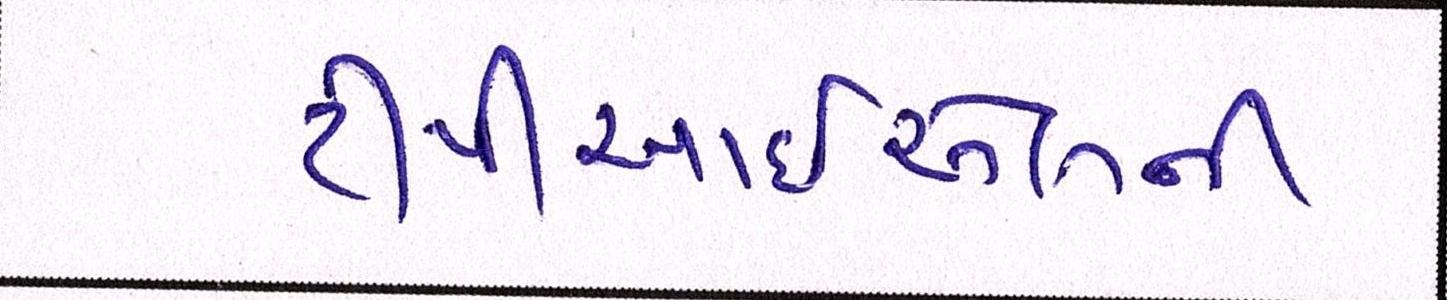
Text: ટીપીઆરઇએલની